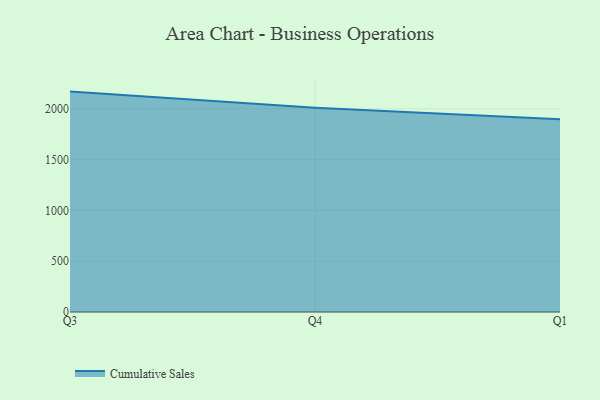
{"axis": {"x": "Quarter", "y": "LTV (USD)"}, "legend": ["Cumulative Sales"], "data": [{"x": "Q3", "y": 2169.7, "type": "Cumulative Sales"}, {"x": "Q4", "y": 2011.6, "type": "Cumulative Sales"}, {"x": "Q1", "y": 1897.0, "type": "Cumulative Sales"}]}